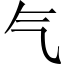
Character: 气